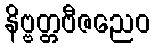
နိဗ္ဗတ္တဗီဇညေဝ